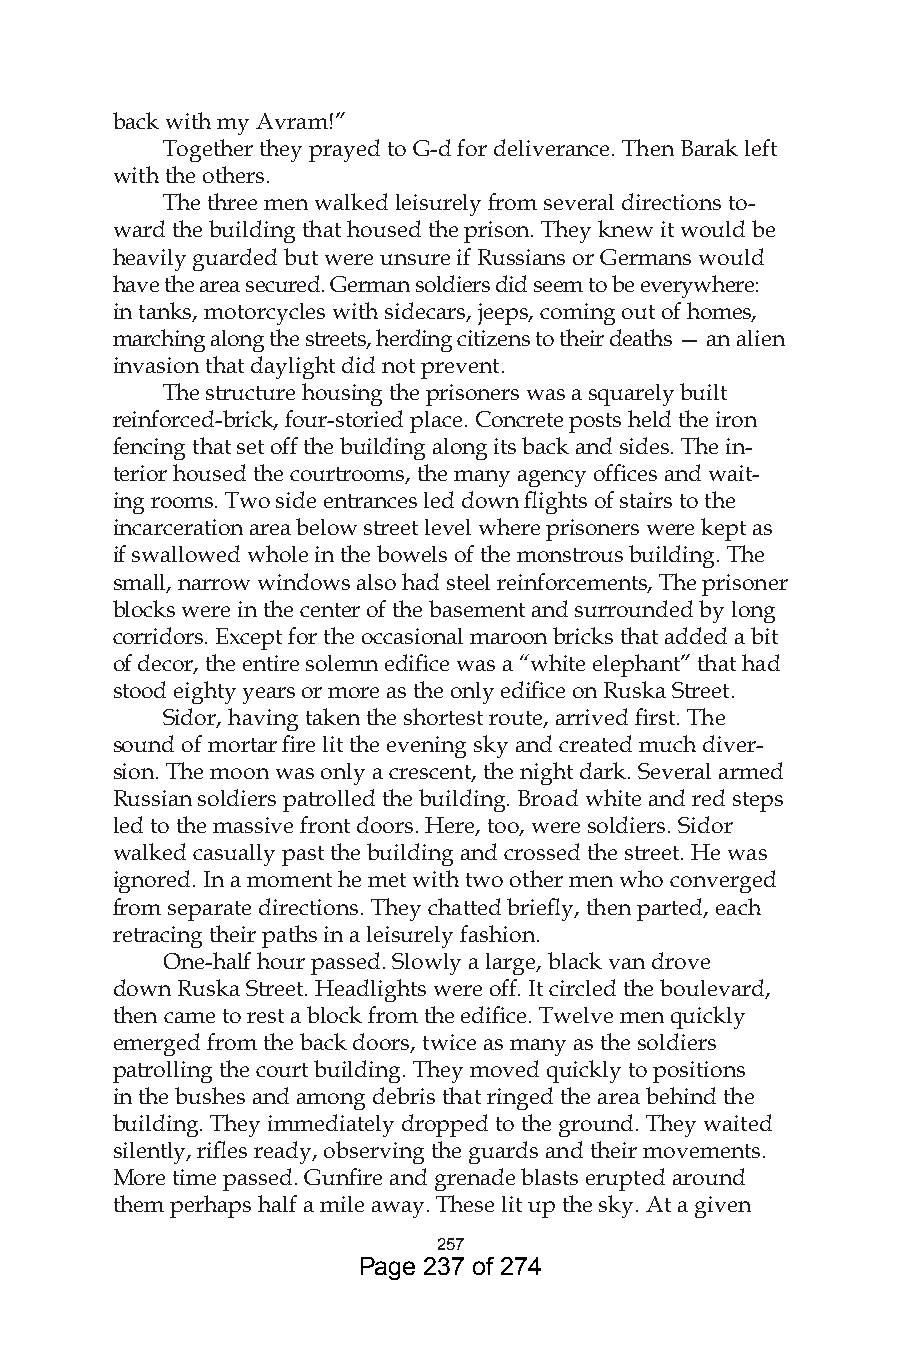
back with my Avram!”
 Together they prayed to G-d for deliverance. Then Barak left
 with the others.
 The three men walked leisurely from several directions to-
 ward the building that housed the prison. They knew it would be
 heavily guarded but were unsure if Russians or Germans would
 have the area secured. German soldiers did seem to be everywhere:
 in tanks, motorcycles with sidecars, jeeps, coming out of homes,
 marching along the streets, herding citizens to their deaths — an alien
 invasion that daylight did not prevent.
 The structure housing the prisoners was a squarely built
 reinforced-brick, four-storied place. Concrete posts held the iron
 fencing that set off the building along its back and sides. The in-
 terior housed the courtrooms, the many agency offices and wait-
 ing rooms. Two side entrances led down flights of stairs to the
 incarceration area below street level where prisoners were kept as
 if swallowed whole in the bowels of the monstrous building. The
 small, narrow windows also had steel reinforcements, The prisoner
 blocks were in the center of the basement and surrounded by long
 corridors. Except for the occasional maroon bricks that added a bit
 of decor, the entire solemn edifice was a “white elephant” that had
 stood eighty years or more as the only edifice on Ruska Street.
 Sidor, having taken the shortest route, arrived first. The
 sound of mortar fire lit the evening sky and created much diver-
 sion. The moon was only a crescent, the night dark. Several armed
 Russian soldiers patrolled the building. Broad white and red steps
 led to the massive front doors. Here, too, were soldiers. Sidor
 walked casually past the building and crossed the street. He was
 ignored. In a moment he met with two other men who converged
 from separate directions. They chatted briefly, then parted, each
 retracing their paths in a leisurely fashion.
 One-half hour passed. Slowly a large, black van drove
 down Ruska Street. Headlights were off. It circled the boulevard,
 then came to rest a block from the edifice. Twelve men quickly
 emerged from the back doors, twice as many as the soldiers
 patrolling the court building. They moved quickly to positions
 in the bushes and among debris that ringed the area behind the
 building. They immediately dropped to the ground. They waited
 silently, rifles ready, observing the guards and their movements.
 More time passed. Gunfire and grenade blasts erupted around
 them perhaps half a mile away. These lit up the sky. At a given
 57
 Page 237 of 274